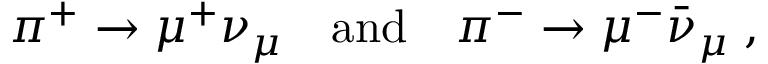
\pi ^ { + } \to \mu ^ { + } \nu _ { \mu } \quad \mathrm { a n d } \quad \pi ^ { - } \to \mu ^ { - } \bar { \nu } _ { \mu } \; ,